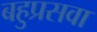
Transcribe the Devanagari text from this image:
बहुप्रसवा